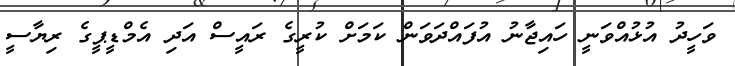
ވަހީދު އުޅުއްވަނީ ހައިޖާނު އުފައްދަވަން ކަމަށް ކުރީގެ ރައީސް އަދި އެމްޑީޕީގެ ރިޔާސީ